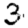
Digit: 3